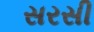
સરસી